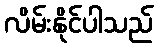
လိမ်းနိုင်ပါသည်